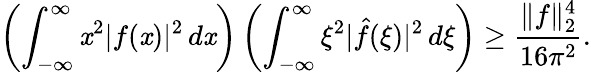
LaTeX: \left(\int_{-\infty}^{\infty}\mathit{x}^{2}|f(\mathit{x})|^{2}\, d\mathit{x}\right)\left(\int_{-\infty}^{\infty}\xi^{2}|{\hat{{f}}}(\xi)|^{2}\, d\xi\right)\geq{\frac{{\| f\| _{2}^{4}}}{{16\pi^{2}}}}.